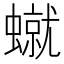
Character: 𧑙